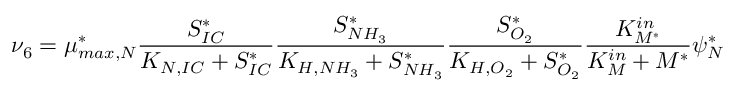
\nu _ { 6 } = \mu _ { m a x , N } ^ { * } \frac { S _ { I C } ^ { * } } { K _ { N , I C } + S _ { I C } ^ { * } } \frac { S _ { N H _ { 3 } } ^ { * } } { K _ { H , N H _ { 3 } } + S _ { N H _ { 3 } } ^ { * } } \frac { S _ { O _ { 2 } } ^ { * } } { K _ { H , O _ { 2 } } + S _ { O _ { 2 } } ^ { * } } \frac { K _ { M ^ { * } } ^ { i n } } { K _ { M } ^ { i n } + M ^ { * } } \psi _ { N } ^ { * }